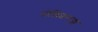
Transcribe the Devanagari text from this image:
पोशिशसज्जा